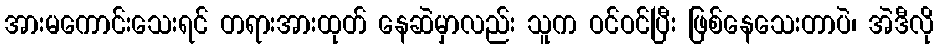
အားမကောင်းသေးရင် တရားအားထုတ် နေဆဲမှာလည်း သူက ဝင်ဝင်ပြီး ဖြစ်နေသေးတာပဲ၊ အဲဒီလို